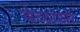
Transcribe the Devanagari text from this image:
वेळाचा